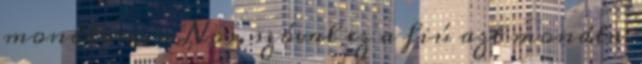
mondtam. – Nos, szóval ez a fiú azt mondta: